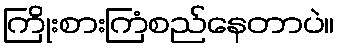
ကြိုးစားကြံစည်နေတာပဲ။